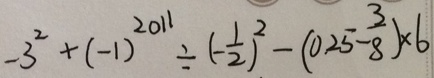
- 3 ^ { 2 } + ( - 1 ) ^ { 2 0 1 1 } \div ( - \frac { 1 } { 2 } ) ^ { 2 } - ( 0 . 2 5 - \frac { 3 } { 8 } ) \times 6